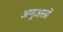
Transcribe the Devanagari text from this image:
अणुअस्त्रों